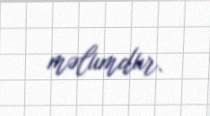
məlumdur.